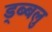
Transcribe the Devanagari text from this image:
ड्ब्बलु